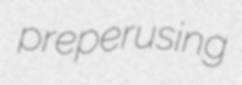
preperusing